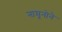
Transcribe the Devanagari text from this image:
नामूनोने